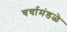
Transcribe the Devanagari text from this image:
चर्चामंडळे